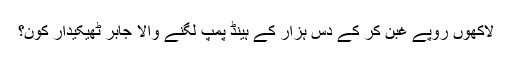
لاکھوں روپے غبن کر کے دس ہزار کے ہینڈ پمپ لگنے والا جابر ٹھیکیدار کون؟